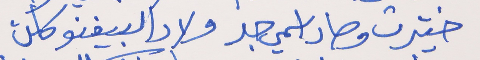
ختيرت وصار اسمي جد     ولاد البيغنو كلن